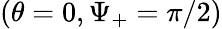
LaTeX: (\theta=0,\Psi_{+}=\pi/2)